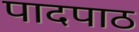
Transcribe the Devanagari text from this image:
पादपाठ